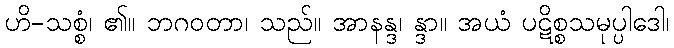
ဟိ-သစ္စံ၊ ၏။ ဘဂဝတာ၊ သည်။ အာနန္ဒ၊ န္ဒာ။ အယံ ပဋိစ္စသမုပ္ပါဒေါ၊